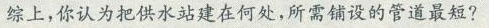
综上，你认为把供水站建在何处，所需铺设的管道最短?